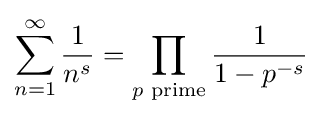
\sum _{n=1}^{\infty }{\frac {1}{n^{s}}}=\prod _{p{\text{ prime}}}{\frac {1}{1-p^{-s}}}